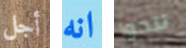
أجل انه تنحوا